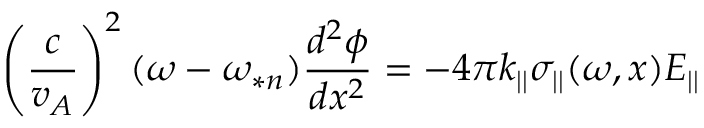
\left( \frac { c } { v _ { A } } \right) ^ { 2 } ( \omega - \omega _ { * n } ) \frac { d ^ { 2 } \phi } { d x ^ { 2 } } = - 4 \pi k _ { | | } \sigma _ { | | } ( \omega , x ) E _ { | | }